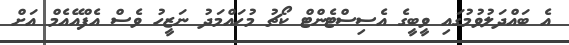
އެ ބައްދަލުވުމުގައި ވީބީގެ އެސިސްޓެންޓް ކޯޗު މުހައްމަދު ނަޒީހު ވެސް އެފްއޭއެމް އަށް